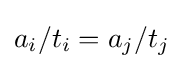
a_{i}/t_{i}=a_{j}/t_{j}